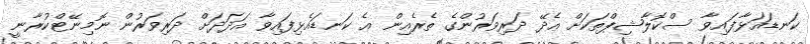
ކަނޑައަޅާފައިވާ ސްކޮލާޝިޕްތަކަށް އެދޭ ދަރިވަރުންގެ ތެރެއިން އެ ކަނޑައެޅިފައިވާ އަދަދަށް ދަރިވަރުން ނޮމިނޭޓްކުރާނީ